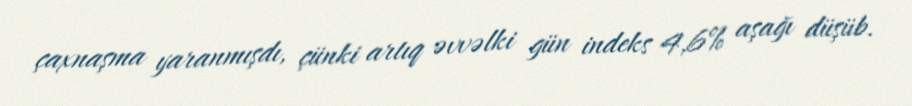
çaxnaşma yaranmışdı, çünki artıq əvvəlki gün indeks 4,6% aşağı düşüb.